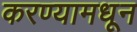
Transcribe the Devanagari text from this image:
करण्यामधून